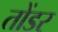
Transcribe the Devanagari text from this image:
तोंडर